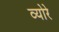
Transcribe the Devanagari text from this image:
व्योरे